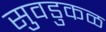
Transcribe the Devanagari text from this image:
सुवडुकळ